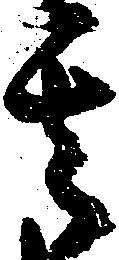
其